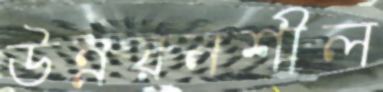
উন্নয়নশীল